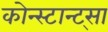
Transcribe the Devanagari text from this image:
कोन्स्टान्ट्सा